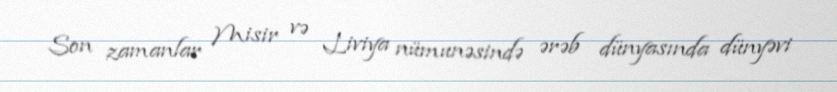
Son zamanlar Misir və Liviya nümunəsində ərəb dünyasında dünyəvi